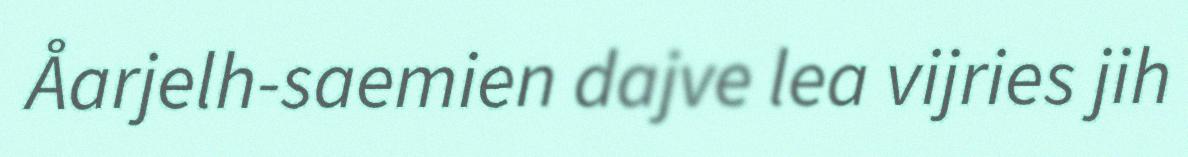
Åarjelh-saemien dajve lea vijries jih